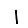
Digit: 1